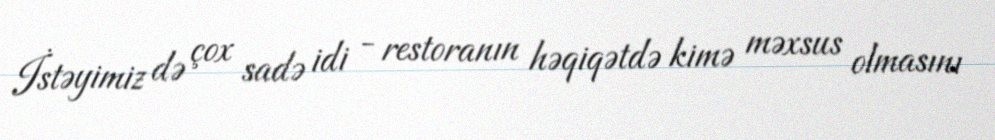
İstəyimiz də çox sadə idi - restoranın həqiqətdə kimə məxsus olmasını